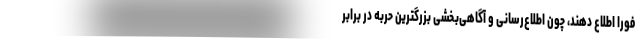
‌فورا اطلاع دهند، چون اطلاع‌رسانی و آگاهی‌بخشی بزرگترین حربه در برابر